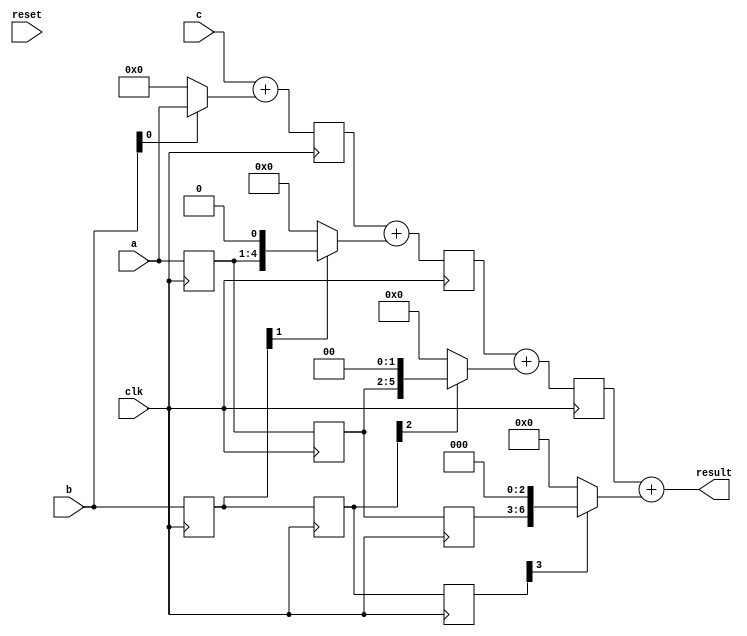
// Generator : SpinalHDL v1.10.1    git head : 2527c7c6b0fb0f95e5e1a5722a0be732b364ce43
// Component : PiMAC
// Git hash  : 82e1b4b4426cb20a6f387f1686876bda014c9247

`timescale 1ns/1ps

module PiMAC (
  input  wire [3:0]    a,
  input  wire [3:0]    b,
  input  wire [3:0]    c,
  output wire [7:0]    result,
  input  wire          clk,
  input  wire          reset
);

  wire       [4:0]    _zz_nodes_1_ACC_1;
  wire       [5:0]    _zz_nodes_2_ACC_2;
  wire       [6:0]    _zz_nodes_3_ACC_3;
  reg        [3:0]    nodes_3_B;
  reg        [3:0]    nodes_3_A;
  reg        [6:0]    nodes_3_ACC_2;
  wire       [7:0]    nodes_3_ACC_3;
  reg        [3:0]    nodes_2_B;
  reg        [3:0]    nodes_2_A;
  reg        [5:0]    nodes_2_ACC_1;
  wire       [6:0]    nodes_2_ACC_2;
  reg        [3:0]    nodes_1_B;
  reg        [3:0]    nodes_1_A;
  reg        [4:0]    nodes_1_ACC_0;
  wire       [5:0]    nodes_1_ACC_1;
  wire       [4:0]    nodes_0_ACC_0;
  wire       [3:0]    nodes_0_C;
  wire       [3:0]    nodes_0_B;
  wire       [3:0]    nodes_0_A;

  assign _zz_nodes_1_ACC_1 = ({1'd0,nodes_1_A} <<< 1'd1);
  assign _zz_nodes_2_ACC_2 = ({2'd0,nodes_2_A} <<< 2'd2);
  assign _zz_nodes_3_ACC_3 = ({3'd0,nodes_3_A} <<< 2'd3);
  assign nodes_0_A = a;
  assign nodes_0_B = b;
  assign nodes_0_C = c;
  assign nodes_0_ACC_0 = ({1'b0,nodes_0_C} + {1'b0,(nodes_0_B[0] ? nodes_0_A : 4'b0000)});
  assign nodes_1_ACC_1 = ({1'b0,nodes_1_ACC_0} + {1'b0,(nodes_1_B[1] ? _zz_nodes_1_ACC_1 : 5'h00)});
  assign nodes_2_ACC_2 = ({1'b0,nodes_2_ACC_1} + {1'b0,(nodes_2_B[2] ? _zz_nodes_2_ACC_2 : 6'h00)});
  assign nodes_3_ACC_3 = ({1'b0,nodes_3_ACC_2} + {1'b0,(nodes_3_B[3] ? _zz_nodes_3_ACC_3 : 7'h00)});
  assign result = nodes_3_ACC_3;
  always @(posedge clk) begin
    nodes_1_A <= nodes_0_A;
    nodes_1_B <= nodes_0_B;
    nodes_1_ACC_0 <= nodes_0_ACC_0;
    nodes_2_A <= nodes_1_A;
    nodes_2_B <= nodes_1_B;
    nodes_2_ACC_1 <= nodes_1_ACC_1;
    nodes_3_A <= nodes_2_A;
    nodes_3_B <= nodes_2_B;
    nodes_3_ACC_2 <= nodes_2_ACC_2;
  end


endmodule